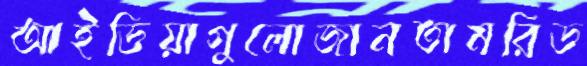
আইডিয়াগুলোজানতামরিড